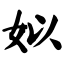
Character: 姒